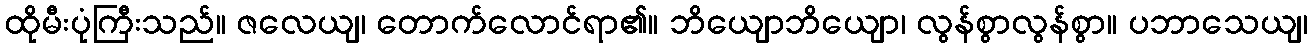
ထိုမီးပုံကြီးသည်။ ဇလေယျ၊ တောက်လောင်ရာ၏။ ဘိယျောဘိယျော၊ လွန်စွာလွန်စွာ။ ပဘာသေယျ၊